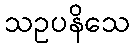
သဥပနိသေ